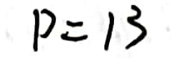
\[
p = 13
\]